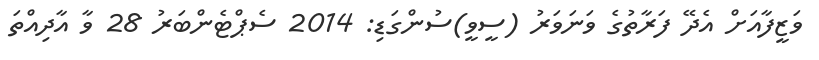
ވަޒީފާއަށް އެދޭ ފަރާތުގެ ވަނަވަރު (ސީވީ)ސުންގަޑި: 2014 ސެޕްޓެންބަރު 28 ވާ އާދިއްތަ